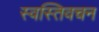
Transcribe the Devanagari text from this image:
स्वस्तिवचन